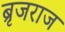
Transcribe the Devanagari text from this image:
ब्रृजराज